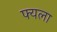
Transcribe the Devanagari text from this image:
फ्यला